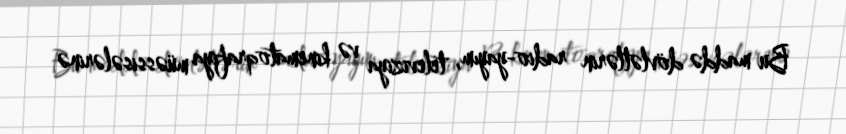
Bu maddə dövlətlərin radio-yayım, televiziya və kinematoqrafiya müəssisələrinə